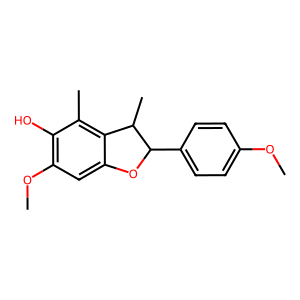
SMILES: COc1ccc(C2Oc3cc(OC)c(O)c(C)c3C2C)cc1
Inhibits HIV replication: No